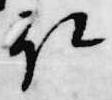
取